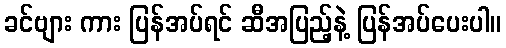
ခင်ဗျား ကား ပြန်အပ်ရင် ဆီအပြည့်နဲ့ ပြန်အပ်ပေးပါ။